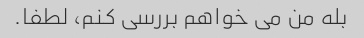
بله من می خواهم بررسی کنم، لطفا.